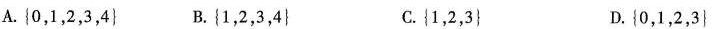
A. \{0，1，2，3，4\} B.\{1，2，3，4\} C.\{1，2，3\} D.\{0，1，2，3\}